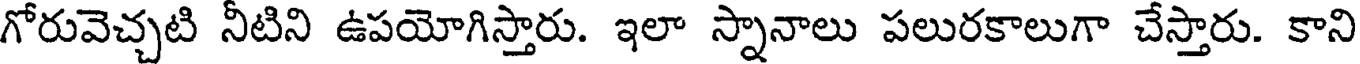
గోరువెచ్చటి నీటిని ఉపయోగిస్తారు. ఇలా స్నానాలు పలురకాలుగా చేస్తారు. కాని